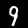
Digit: 9